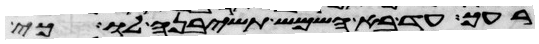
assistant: רעך עד בא השמש תשיבנה לו כי